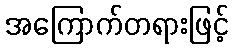
အကြောက်တရားဖြင့်